Report on vaccination in Madras 1895-1903 - 1895-1903
Year: 1895
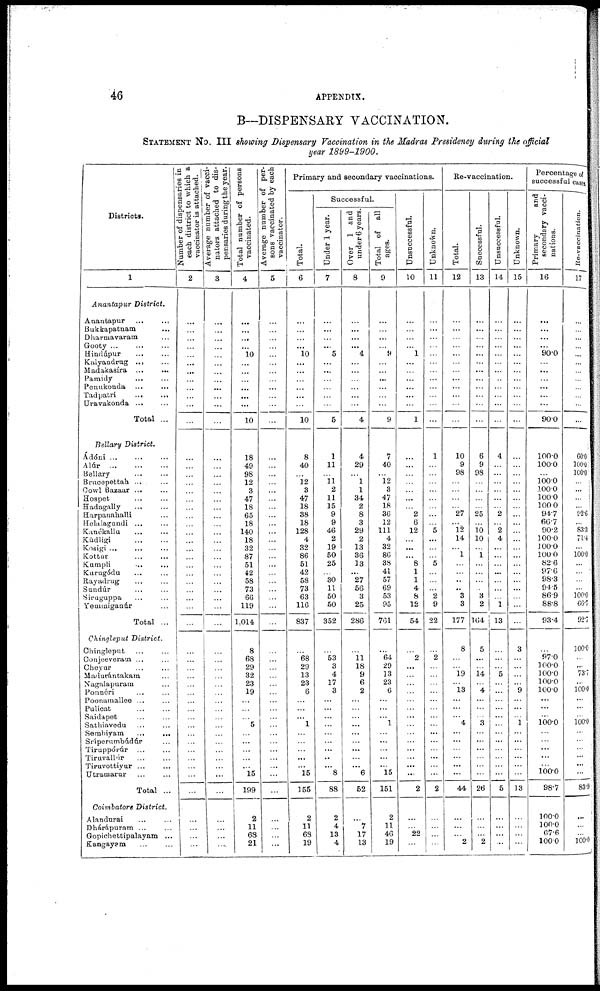
46
APPENDIX.
B—DISPENSARY VACCINATION.
STATEMENT No. III showing Dispensary Vaccination in the Madras Presidency during the official
year 1899-1900.
Districts.
1
Anantapur District.
Anantapur ... ...
Bukkapatnam
...
Dharmavaram ...
Gooty ... ... ...
Hindúpur ... ...
Kalyandrug ... ...
Madakasíra ... ...
Pamidy ... ...
Penukonda ... ...
Tadpatri
... ... ...
Uravakonda ... ...
Total ...
Bellary District.
Ádóni
...
...
...
Alúr
...
...
...
Bellary ... ...
Brucepettah ... ...
Cowl Bazaar ... ...
Hospet ... ...
Hadagally ... ...
Harpanahalli ...
Helalagundi ... ...
Kannèkallu
...
...
Kúdligi ... ...
Kosigi
...
...
...
Kottur
...
...
Kumpli ... ...
Kurugódu ... ...
Rayadrug ... ...
Sundúr ... ...
Siruguppa ... ...
Yeminiganúr ...
Total ...
Chingleput District.
Chingleput ... ...
Conjeeveram ... ...
Cheyur ... ...
Madurántakam ...
Nagalapuram ...
Ponnéri ... ...
Poonamallee ... ...
Pulicat ... ...
Saidapet ... ...
Sathiavedu ... ...
Sembiyam
...
...
Sríperumbúdúr ...
Tiruppórúr ... ...
Tiruvallúr ... ...
Tiruvottiyur
...
...
Utramarur ... ...
Total ...
Coimbatore District.
Alandurai ... ...
Dhárápuram ... ...
Gopichettipalayam ...
Kangayam ... ...
Number of dispensaries in
each district to which a
vaccinator is attached.
2
...
...
...
...
...
...
...
...
...
...
...
...
...
...
...
...
...
...
...
...
...
...
...
...
...
...
...
...
...
...
...
...
...
...
...
...
...
...
...
...
...
...
...
...
...
...
...
...
...
...
...
...
...
Average number of vacci-
nators attached to dis-
pensaries during the year.
3
...
...
...
...
...
...
...
...
...
...
...
...
...
...
...
...
...
...
...
...
...
...
...
...
...
...
...
...
...
...
...
...
...
...
...
...
...
...
...
...
...
...
...
...
...
...
...
...
...
...
...
...
...
Total number of persons
vaccinated.
4
...
...
...
...
10
...
...
...
...
...
...
10
18
49
98
12
3
47
18
65
18
140
18
32
87
51
42
58
73
66
119
1,014
8
68
29
32
23
19
...
...
...
5
...
...
...
...
...
15
199
2
11
68
21
Average number of per-
sons vaccinated by each
vaccinator.
5
...
...
...
...
...
...
...
...
...
...
...
...
...
...
...
...
...
...
...
...
...
...
...
...
...
...
...
...
...
...
...
...
...
...
...
...
...
...
...
...
...
...
...
...
...
...
...
...
...
...
...
...
...
Primary and secondary vaccinations.
Total.
6
...
...
...
...
10
...
...
...
...
...
...
10
8
40
...
12
3
47
18
38
18
128
4
32
86
51
42
58
73
63
116
837
...
68
29
13
23
6
...
...
...
1
...
...
...
...
...
15
155
2
11
68
19
Successful.
Under 1 year.
7
...
...
...
...
5
...
...
...
...
...
...
5
1
11
...
11
2
11
15
9
9
46
2
19
50
25
...
30
11
50
50
352
...
53
3
4
17
3
...
...
...
...
...
...
...
...
...
8
88
2
4
13
4
Over 1 and
under 6 years.
8
...
...
...
...
4
...
...
...
...
...
...
4
4
29
...
1
1
34
2
8
3
29
2
13
36
13
...
27
56
3
25
286
...
11
18
9
6
2
...
...
...
...
...
...
...
...
...
6
52
...
7
17
13
Total of all
ages.
9
...
...
...
...
9
...
...
...
...
...
...
9
7
40
...
12
3
47
18
36
12
111
4
32
86
38
41
57
69
53
95
761
...
64
29
13
23
6
...
...
...
1
...
...
...
...
...
15
151
2
11
46
19
Unsuccessful.
10
...
...
...
...
1
...
...
...
...
...
...
1
...
...
...
...
...
...
...
2
6
12
...
...
...
8
1
1
4
8
12
54
...
2
...
...
...
...
...
...
...
...
...
...
...
...
...
...
2
...
...
22
...
Unknown.
11
...
...
...
...
...
...
...
...
...
...
...
...
1
...
...
...
...
...
...
...
...
5
...
...
...
5
...
...
...
2
9
22
...
2
...
...
...
...
...
...
...
...
...
...
...
...
...
...
2
...
...
...
...
Re-vaccination.
Total.
12
...
...
...
...
...
...
...
...
...
...
...
...
10
9
98
...
...
...
...
27
...
12
14
...
1
...
...
...
...
3
3
177
8
...
...
19
...
13
...
...
...
4
...
...
...
...
...
...
44
...
...
...
2
Successful.
13
...
...
...
...
...
...
...
...
...
...
...
...
6
9
98
...
...
...
...
25
...
10
10
...
1
...
...
...
...
3
2
164
5
...
...
14
...
4
...
...
...
3
...
...
...
...
...
...
26
...
...
...
2
Unsuccessful.
14
...
...
...
...
...
...
...
...
...
...
...
...
4
...
...
...
...
...
...
2
...
2
4
...
...
...
...
...
...
...
1
13
...
...
...
5
...
...
...
...
...
...
...
...
...
...
...
...
5
...
...
...
...
Unknown.
15
...
...
...
...
...
...
...
...
...
...
...
...
...
...
...
...
...
...
...
...
...
...
...
...
...
...
...
...
...
...
...
...
3
...
...
...
...
9
...
...
...
1
...
...
...
...
...
...
13
...
...
...
...
Percentage of
successful cases
Primary
and
secondary vacci-
nations.
16
...
...
...
...
90.0
...
...
...
...
...
...
90.0
100.0
100.0
...
100.0
100.0
100.0
100.0
94.7
66.7
90.2
100.0
100.0
100.0
82.6
97.6
98.3
94.5
86.9
88.8
93.4
...
97.0
100.0
100.0
100.0
100.0
...
...
...
100.0
...
...
...
...
...
100.0
98.7
100.0
100.0
67.6
100.0
Re-vaccination.
17
...
...
...
...
...
...
...
...
...
...
...
...
60.0
100.0
100.0
...
...
...
...
92.6
...
83.3
71.4
...
100.0
...
...
...
...
100.0
66.7
92.7
100.0
...
...
73.7
...
100.0
...
...
...
100.0
...
...
...
...
...
...
83.9
...
...
...
100.0